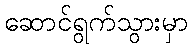
ဆောင်ရွက်သွားမှာ